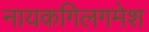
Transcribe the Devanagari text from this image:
नायकगिलगमेश